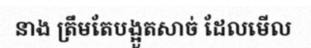
នាង ត្រឹមតែបង្អួតសាច់ ដែលមើល